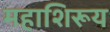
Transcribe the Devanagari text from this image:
महाशिरूय